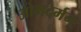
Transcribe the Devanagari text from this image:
ओमदर्मन